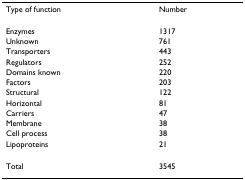
<table><thead><tr><td><b>Type of function</b></td><td><b>Number</b></td></tr></thead><tbody><tr><td>Enzymes</td><td>1317</td></tr><tr><td>Unknown</td><td>761</td></tr><tr><td>Transporters</td><td>443</td></tr><tr><td>Regulators</td><td>252</td></tr><tr><td>Domains known</td><td>220</td></tr><tr><td>Factors</td><td>203</td></tr><tr><td>Structural</td><td>122</td></tr><tr><td>Horizontal</td><td>81</td></tr><tr><td>Carriers</td><td>47</td></tr><tr><td>Membrane</td><td>38</td></tr><tr><td>Cell process</td><td>38</td></tr><tr><td>Lipoproteins</td><td>21</td></tr><tr><td>Total</td><td>3545</td></tr></tbody></table>